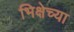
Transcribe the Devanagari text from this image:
भिक्षेच्या